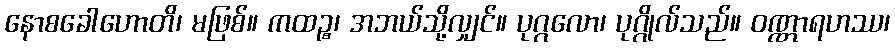
နောစခေါဟောတိ၊ မဖြစ်။ ကထဉ္စ၊ အဘယ်သို့လျှင်။ ပုဂ္ဂလော၊ ပုဂ္ဂိုလ်သည်။ ဝဏ္ဏာရဟဿ၊